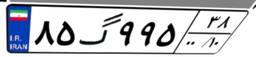
۸۵گ۹۹۵۳۸